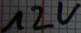
Text: 12V